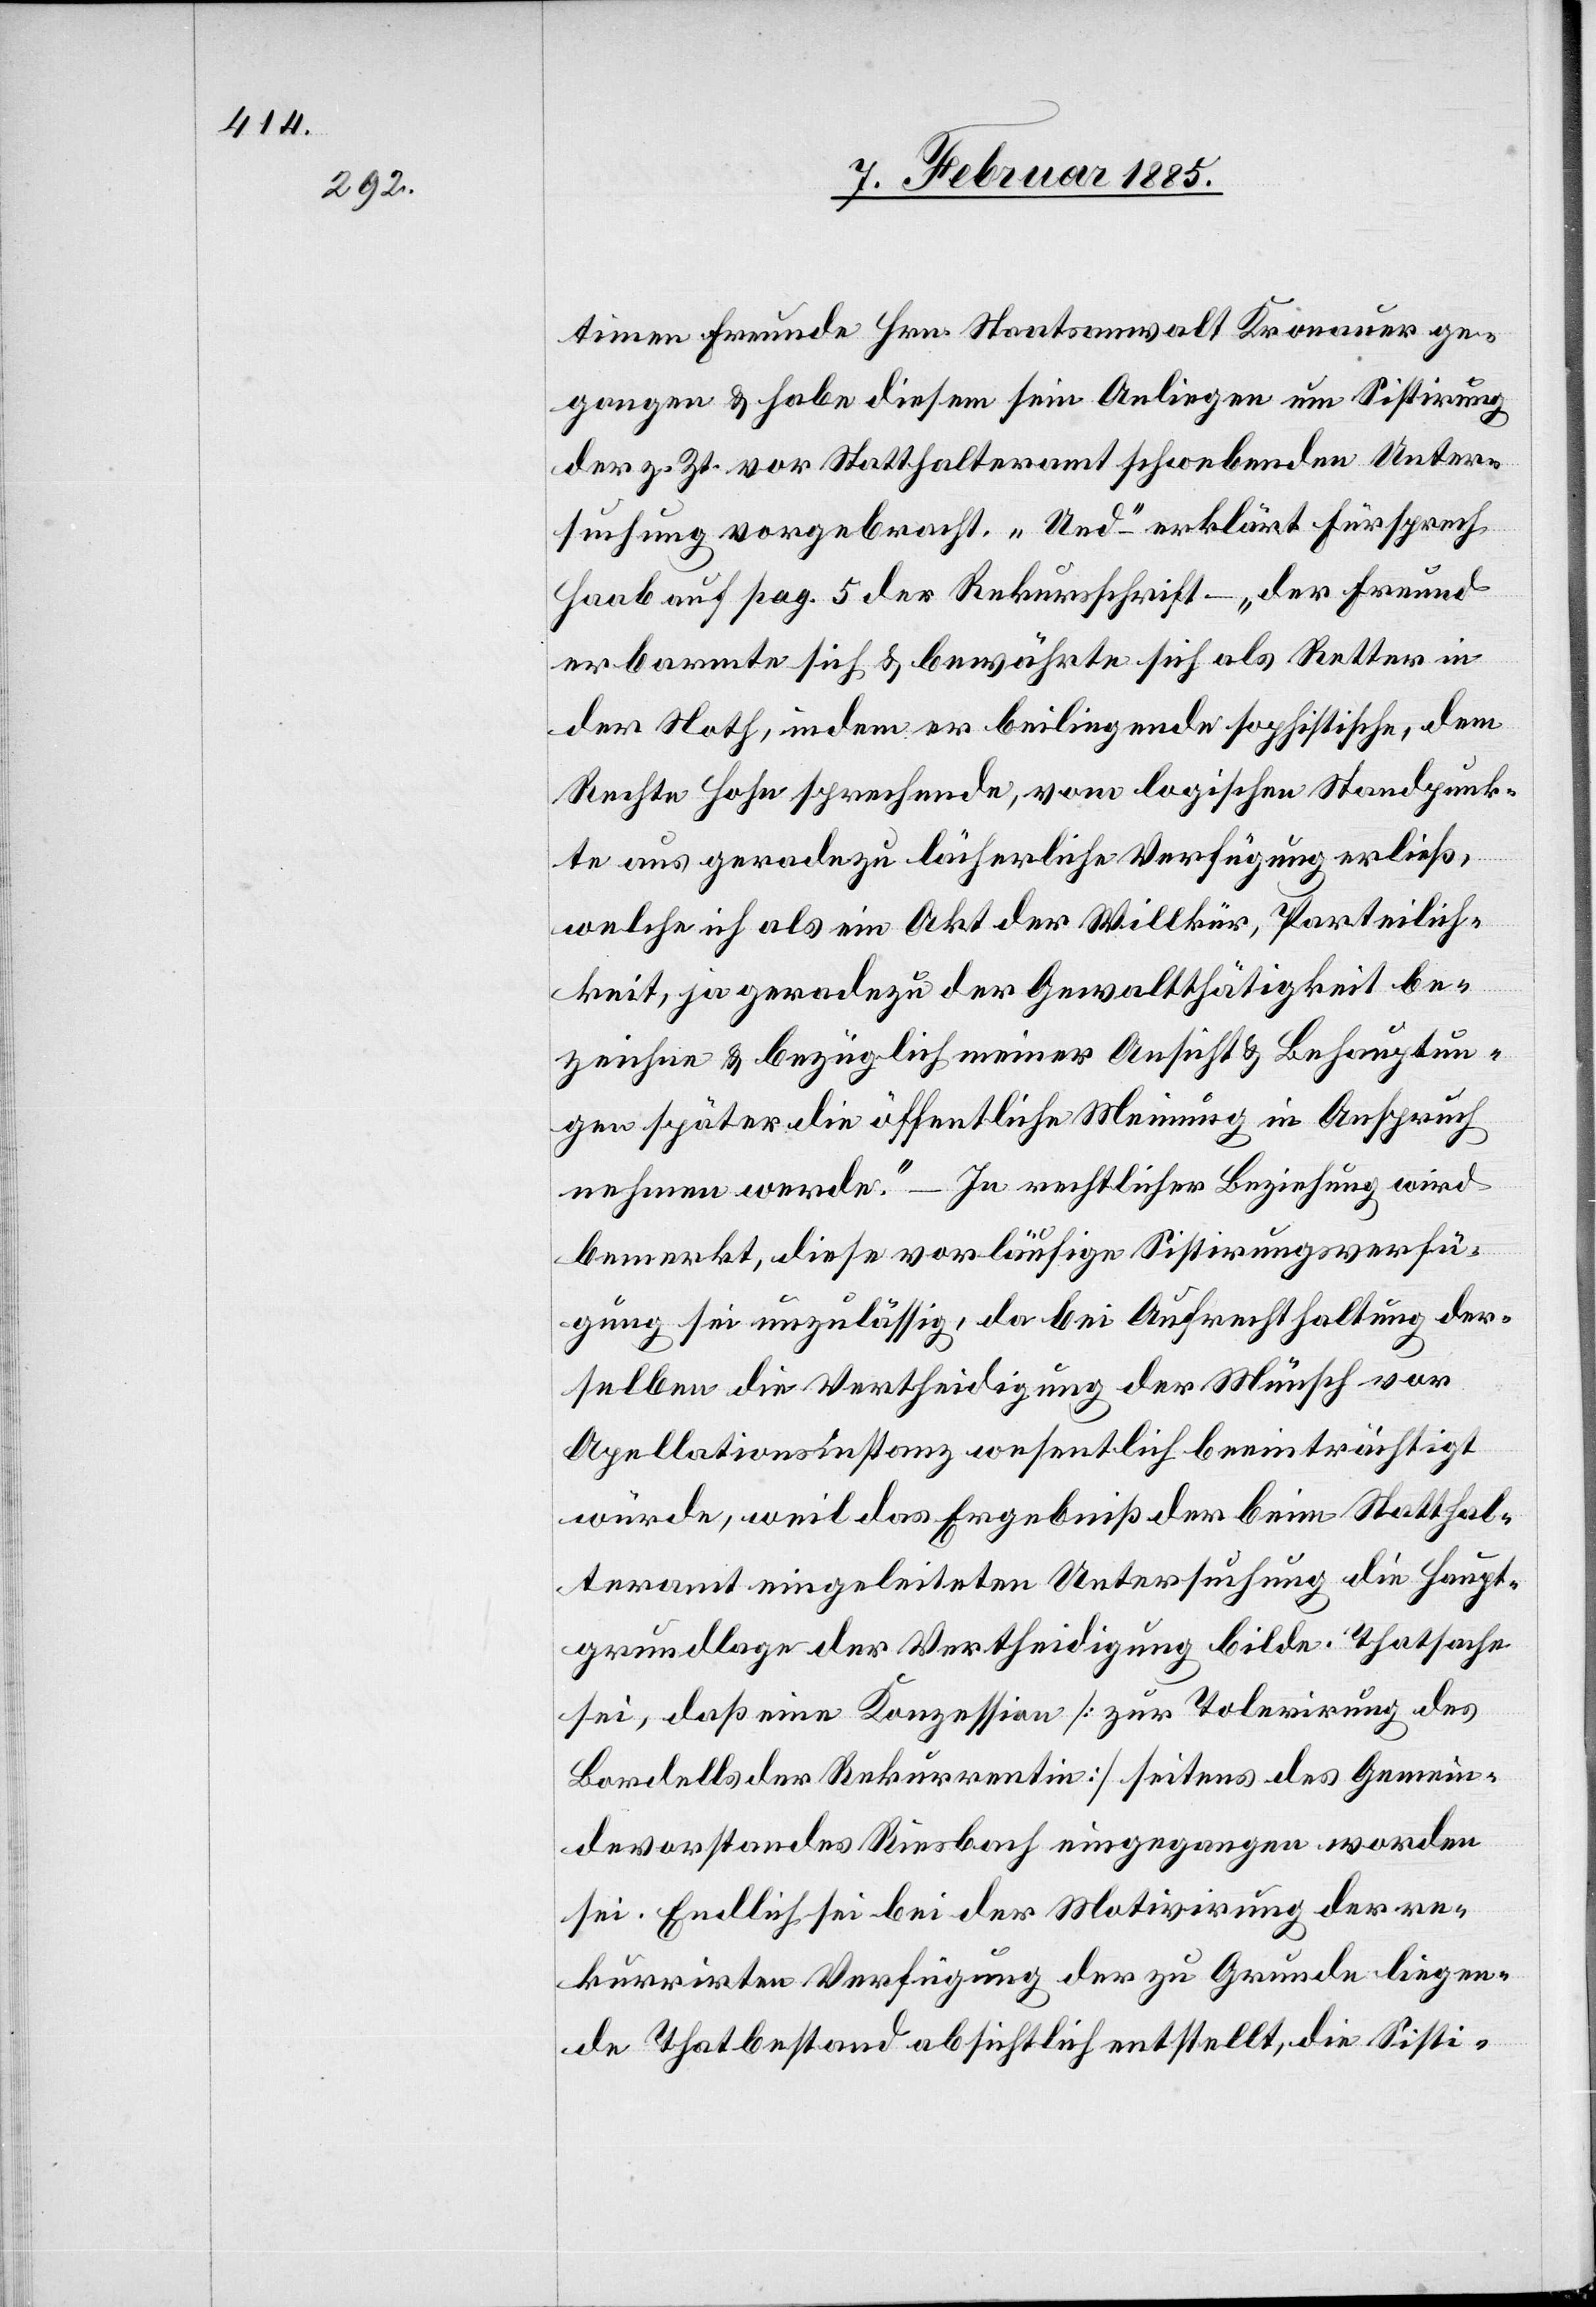
timen Freunde Hrn. Staatsanwalt Kronauer ge¬
gangen & habe diesem sein Anliegen um Sistirung
der z. Zt. vor Statthalteramt schwebenden Unter¬
suchung vorgebracht. „Und“ – erklärt Fürsprech
Haab auf pag. 5 der Rekursschrift – „der Freund
erbarmte sich & bewährte sich als Retter in
der Noth, indem er beiliegende sophistische, dem
Rechte Hohn sprechende, vom logischen Standpunk¬
te aus geradezu lächerliche Verfügung erließ,
welche ich als ein Akt der Willkür, Parteilich¬
keit, ja geradezu der Gewaltthätigkeit be¬
zeichne & bezüglich meiner Ansicht & Behauptun¬
gen später die öffentliche Meinung in Anspruch
nehmen werde.“ – In rechtlicher Beziehung wird
bemerkt, diese vorläufige Sistirungsverfü¬
gung sei unzulässig, da bei Aufrechthaltung der¬
selben die Vertheidigung der Münsch vor
Ap[p]ellationsinstanz wesentlich beeinträchtigt
würde, weil das Ergebniß der beim Statthal¬
teramt eingeleiteten Untersuchung die Haupt¬
grundlage der Vertheidigung bilde. Thatsache
sei, daß eine Konzession [zur Tolerirung des
Bordells der Rekurrentin] seitens des Gemein¬
devorstandes Riesbach eingegangen worden
sei. Endlich sei bei der Motivirung der re¬
kurrirten Verfügung der zu Grunde liegen¬
de Thatbestand absichtlich entstellt, die Sisti-